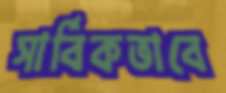
সার্বিকভাবে